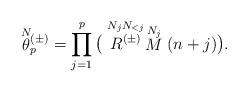
LaTeX: \begin{align*}\stackrel{N}{\theta}{}\!\!^{(\pm)}_{p} = \prod_{j=1}^p \big( \stackrel{N_{j}N_{<j}}{R^{(\pm)}} \stackrel{N_j}{M}(n+j)\big).\end{align*}